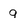
Character: 9